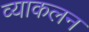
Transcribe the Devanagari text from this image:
व्याकलन